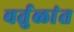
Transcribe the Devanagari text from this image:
वर्तुळांत